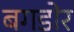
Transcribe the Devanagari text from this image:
बगडोर